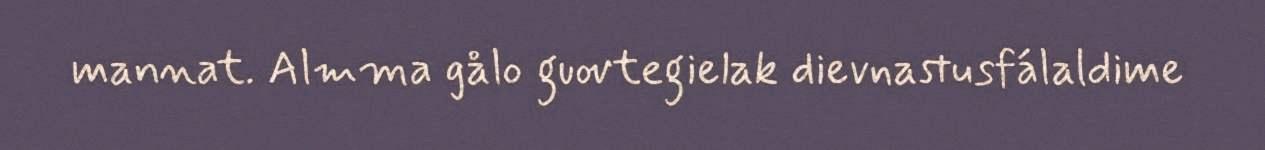
mannat. Almma gålo guovtegielak dievnastusfálaldime